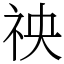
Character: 䄃